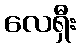
လေရှီး